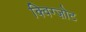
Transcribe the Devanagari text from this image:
क्विग्ज़ोट